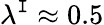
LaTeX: \lambda^{\mathtt{I}}\approx0.5